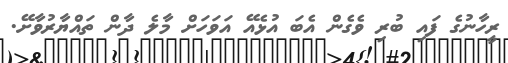
ރީހާނުގެ ފައި ބުރި ވެގެން އެބަ އުޅެއޭ އަވަހަށް މާލެ ދާން ތައްޔާރުވާށޭ.